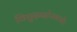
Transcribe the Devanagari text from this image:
विद्युदब्दोपमानौ।